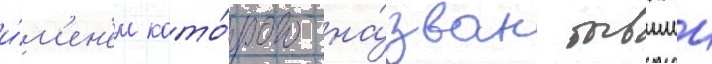
и́м'ен'ем кото́рого на́зван бывшии